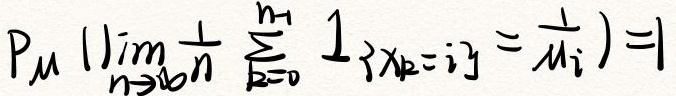
$P_{\mu}\left(\lim _{n \rightarrow \infty} \frac{1}{n} \sum_{k = 0}^{n - 1} 1_{\{X_{k}=i\}}=\frac{1}{\mu_{i}}\right)=1$